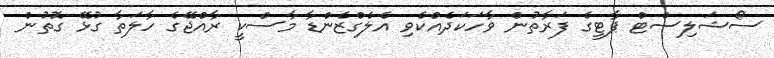
ސޯޝަލިސްޓް ޕާޓީގެ ފަރާތުން ވާހަކަދެއްކެވި އެލެގްޒެންޑާ މާސްކީ ރާއްޖޭގެ ހާލަތާ ގުޅޭ ގޮތުން